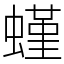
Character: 螼